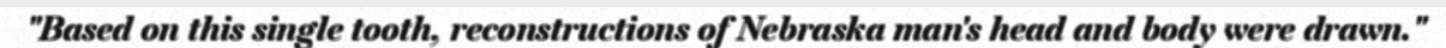
"Based on this single tooth, reconstructions of Nebraska man's head and body were drawn."